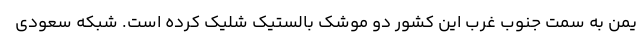
یمن به سمت جنوب غرب این کشور دو موشک بالستیک شلیک کرده است. شبکه سعودی